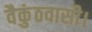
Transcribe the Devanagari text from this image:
वैकुंठवासी।